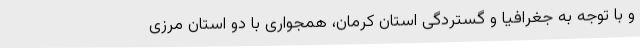
و با توجه به جغرافیا و گستردگی استان کرمان، همجواری با دو استان مرزی